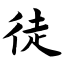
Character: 徒